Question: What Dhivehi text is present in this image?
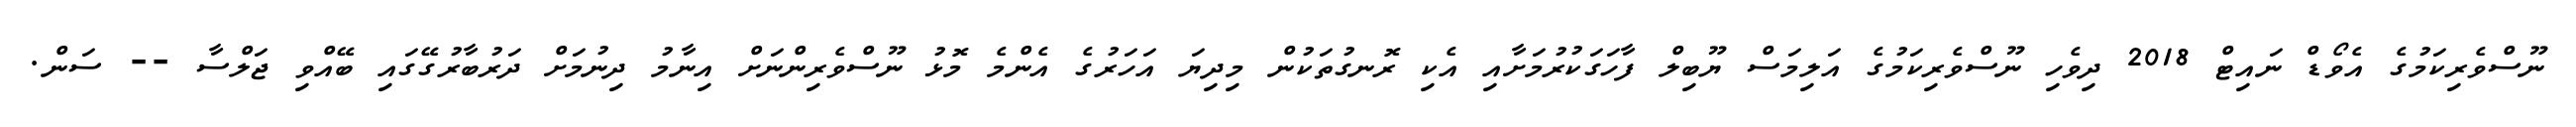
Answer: ނޫސްވެރިކަމުގެ އެވޯޑް ނައިޓް 2018 ދިވެހި ނޫސްވެރިކަމުގެ އަލިމަސް ޔޫބިލް ފާހަގަކުރުމަށާއި އެކި ރޮނގުތަކުން މިދިޔަ އަހަރުގެ އެންމެ މޮޅު ނޫސްވެރިންނަށް އިނާމު ދިނުމަށް ދަރުބާރުގޭގައި ބޭއްވި ޖަލްސާ -- ސަން.